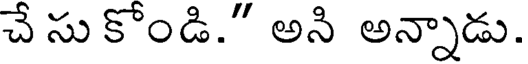
చేసుకోండి." అని అన్నాడు.